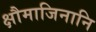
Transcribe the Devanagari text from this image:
क्षौमाजिनानि